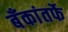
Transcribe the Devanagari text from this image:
बँकांतर्फे